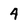
Character: 4